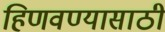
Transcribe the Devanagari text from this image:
हिणवण्यासाठी